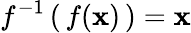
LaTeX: f^{-1}\left(\, f(\mathbf{x})\, \right)=\mathbf{x}